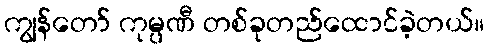
ကျွန်တော် ကုမ္ပဏီ တစ်ခုတည်ထောင်ခဲ့တယ်။